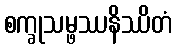
စက္ခုသမ္ဖဿနိဿိတံ